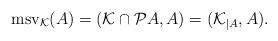
LaTeX: \begin{align*}\mathrm{msv}_\mathcal{K}(A)=(\mathcal{K}\cap{\mathcal{P}A}, A)=(\mathcal{K}_{\vert A}, A).\end{align*}